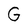
Character: G